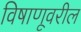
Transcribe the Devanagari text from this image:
विषाणूवरील